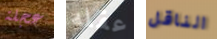
عجلة عقله الناقل